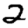
Digit: 2